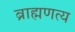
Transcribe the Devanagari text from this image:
ब्राह्मणत्य